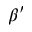
\beta ^ { \prime }